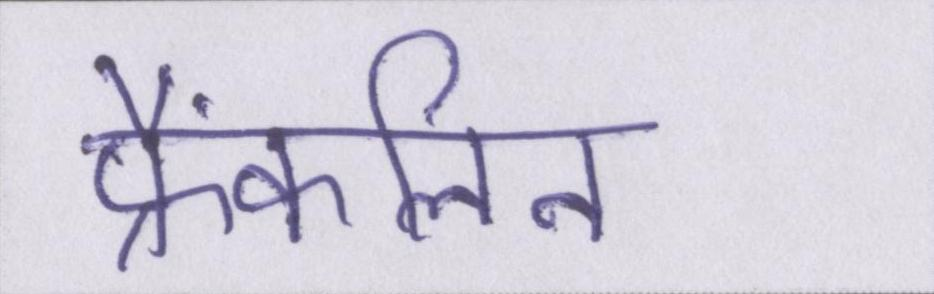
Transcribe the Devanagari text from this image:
फ्रैंकलिन